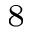
^ 8